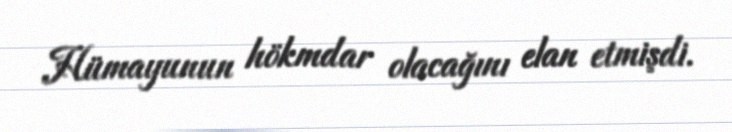
Hümayunun hökmdar olacağını elan etmişdi.